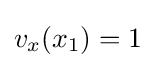
v_{x}(x_{1})=1